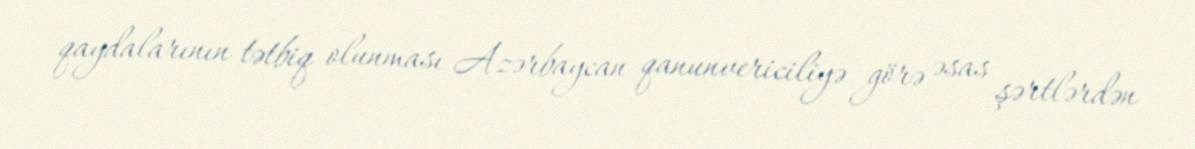
qaydalarının tətbiq olunması Azərbaycan qanunvericiliyə görə əsas şərtlərdən